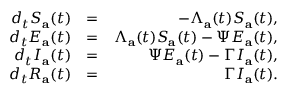
\begin{array} { r l r } { d _ { t } S _ { \mathbf { a } } ( t ) } & { = } & { - \Lambda _ { \mathbf { a } } ( t ) S _ { \mathbf { a } } ( t ) , } \\ { d _ { t } E _ { \mathbf { a } } ( t ) } & { = } & { \Lambda _ { \mathbf { a } } ( t ) S _ { \mathbf { a } } ( t ) - \Psi E _ { \mathbf { a } } ( t ) , } \\ { d _ { t } I _ { \mathbf { a } } ( t ) } & { = } & { \Psi E _ { \mathbf { a } } ( t ) - \Gamma I _ { \mathbf { a } } ( t ) , } \\ { d _ { t } R _ { \mathbf { a } } ( t ) } & { = } & { \Gamma I _ { \mathbf { a } } ( t ) . } \end{array}